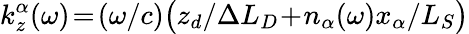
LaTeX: k_{z}^{\alpha}(\omega)\! =\! (\omega/c)\big(z_{d}/\Delta L_{D}\! +\! n_{\alpha}(\omega)x_{\alpha}/L_{S}\big)